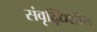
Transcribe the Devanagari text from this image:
संवृद्धिशील